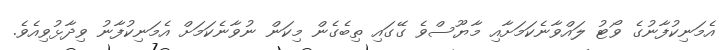
އެމަނިކުފާނުގެ ވޯޓު ލައްވާނެކަމަށާއި މާޔޫސްވެ ގޭގައި ތިބެގެން މިކަން ނުވާނެކަމަށް އެމަނިކުފާނު ވިދާޅުވިއެވެ.